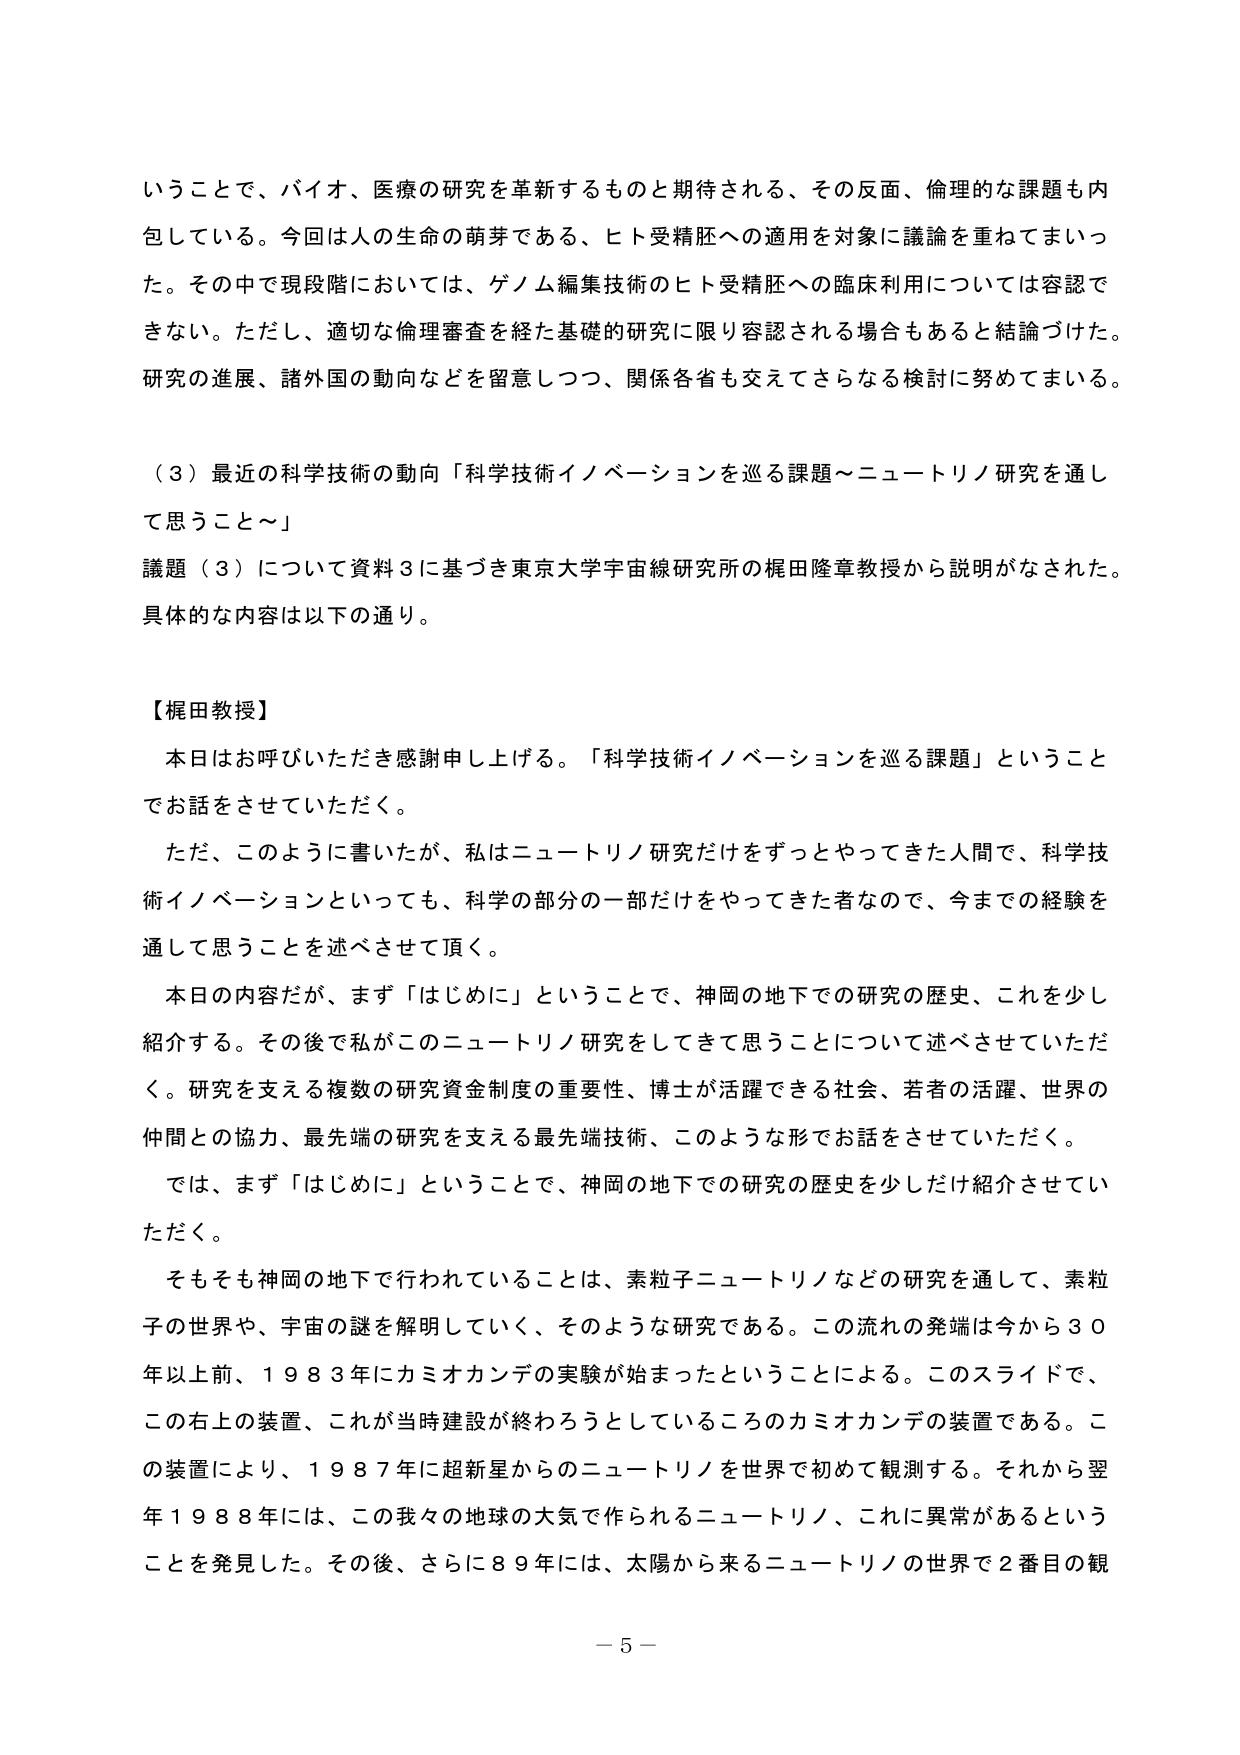
いうことで、バイオ、医療の研究を革新するものと期待される、その反面、倫理的な課題も内包している。今回は人の生命の萌芽である、ヒト受精胚への適用を対象に議論を重ねてまいった。その中で現段階においては、ゲノム編集技術のヒト受精胚への臨床利用については容認できない。ただし、適切な倫理審査を経た基礎的研究に限り容認される場合もあると結論づけた。研究の進展、諸外国の動向などを留意しつつ、関係各省も交えてさらなる検討に努めてまいる。

（３）最近の科学技術の動向「科学技術イノベーションを巡る課題～ニュートリノ研究を通して思うこと～」
議題（３）について資料３に基づき東京大学宇宙線研究所の梶田隆章教授から説明がなされた。具体的な内容は以下の通り。

【梶田教授】
本日はお呼びいただき感謝申し上げる。「科学技術イノベーションを巡る課題」ということでお話をしてせていただく。
ただ、このように書いたが、私はニュートリノ研究だけをずっとやってきた人間で、科学技術イノベーションといっても、科学の部分の一部だけをやってきた者なので、今までの経験を通して思うことを述べさせて頂く。
本日の内容だが、まず「はじめに」ということで、神岡の地下での研究の歴史、これを少し紹介する。その後で私がこのニュートリノ研究をしてきて思うことについて述べさせていただく。研究を支える複数の研究資金制度の重要性、博士が活躍できる社会、若者の活躍、世界の仲間との協力、最先端の研究を支える最先端技術、このような形でお話をさせていただく。
では、まず「はじめに」ということで、神岡の地下での研究の歴史を少しだけ紹介させていただく。
そもそも神岡の地下で行われていることは、素粒子ニュートリノなどの研究を通して、素粒子の世界や、宇宙の謎を解明していく、そのような研究である。この流れの発端は今から３０年以上前、１９８３年にカミオカンデの実験が始まったということによる。このスライドで、この右上の装置、これが当時建設が終わろうとしているころのカミオカンデの装置である。この装置により、１９８７年に超新星からのニュートリノを世界で初めて観測する。それから翌年１９８８年には、この我々の地球の大気で作られるニュートリノ、これに異常があるということを発見した。その後、さらに８９年には、太陽から来るニュートリノの世界で２番目の観

－５－